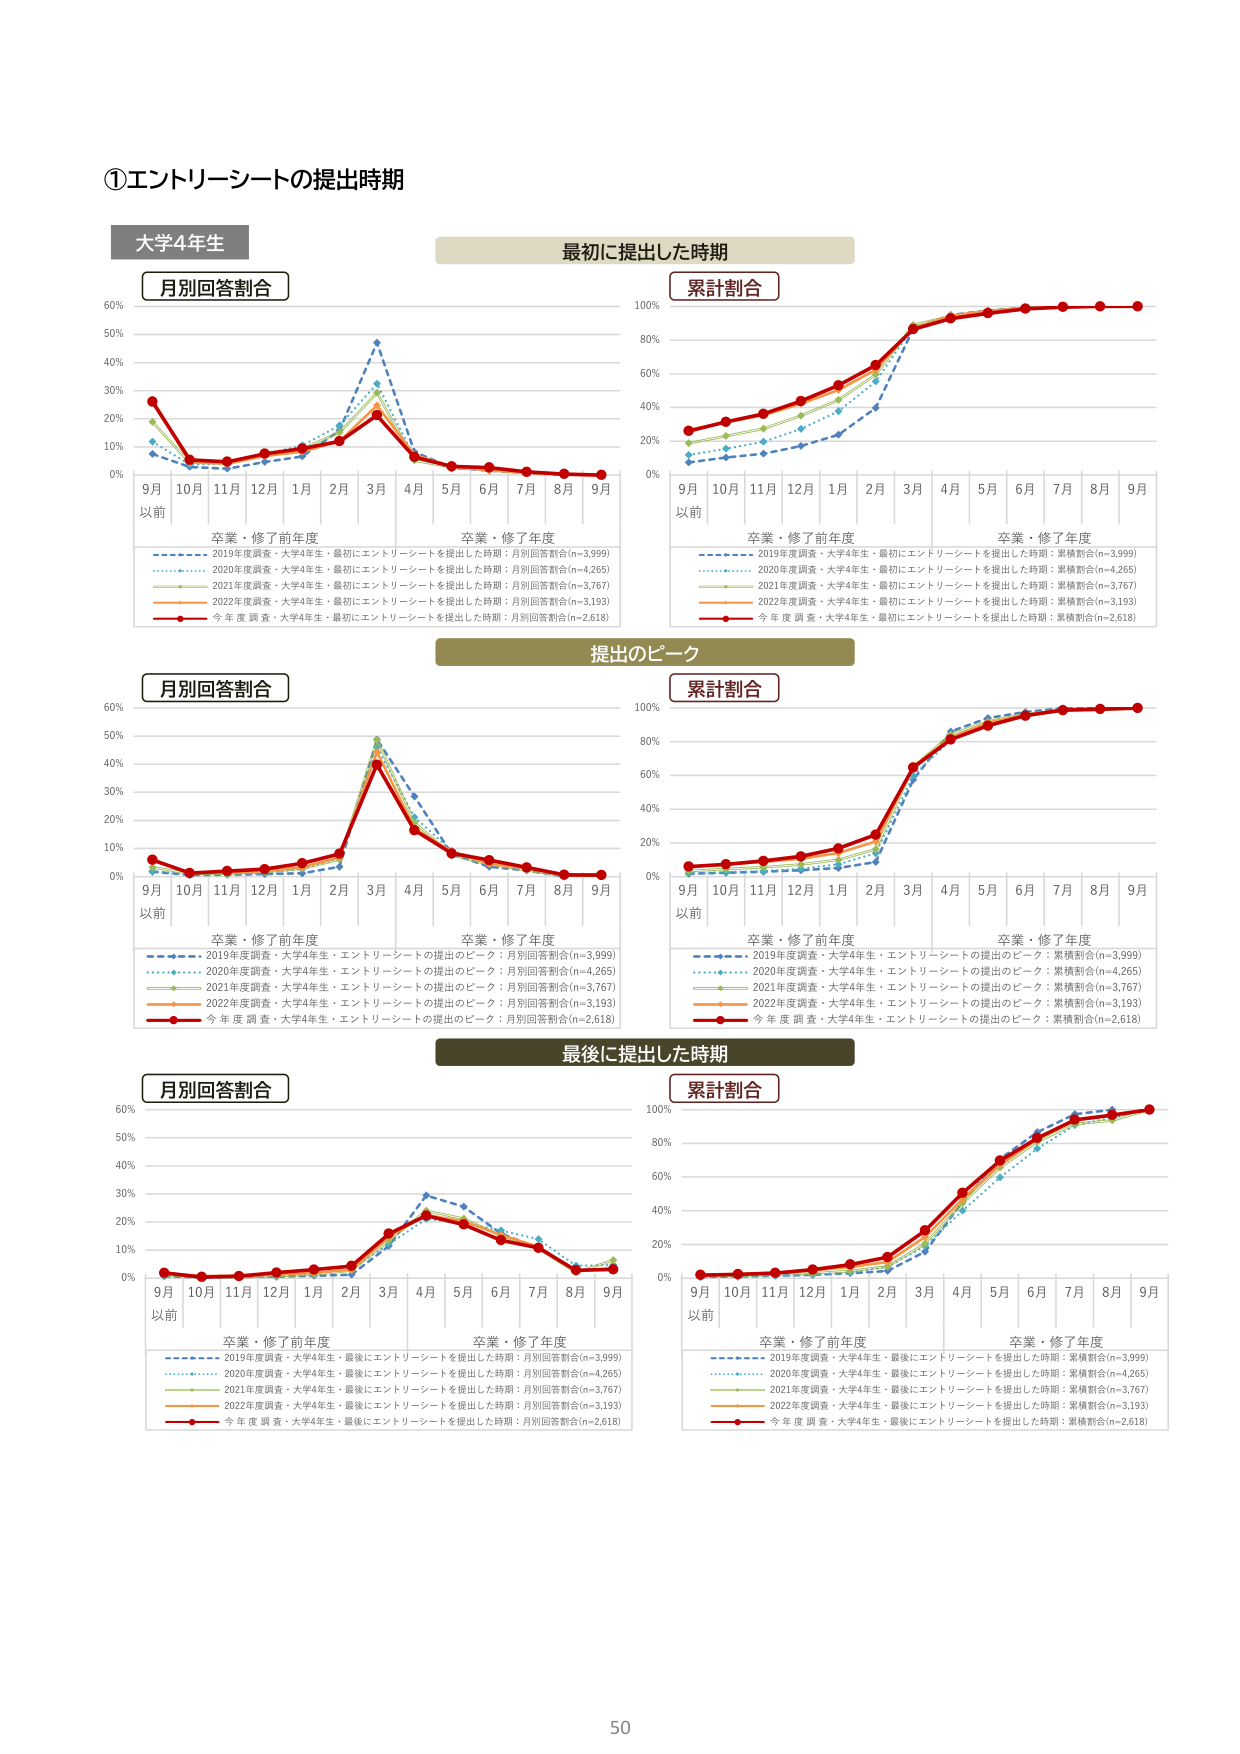
①エントリーシートの提出時期

大学4年生

月別回答割合
最初に提出した時期
累計割合

9月
以前
10月 11月 12月 1月 2月 3月 4月 5月 6月 7月 8月 9月
0% 10% 20% 30% 40% 50% 60%
卒業・修了前年度
卒業・修了年度

2019年度調査・大学4年生・最初にエントリーシートを提出した時期：月別回答割合(n=3,999)
2020年度調査・大学4年生・最初にエントリーシートを提出した時期：月別回答割合(n=4,265)
2021年度調査・大学4年生・最初にエントリーシートを提出した時期：月別回答割合(n=3,767)
2022年度調査・大学4年生・最初にエントリーシートを提出した時期：月別回答割合(n=3,193)
今年度調査・大学4年生・最初にエントリーシートを提出した時期：月別回答割合(n=2,618)

9月
以前
10月 11月 12月 1月 2月 3月 4月 5月 6月 7月 8月 9月
0% 20% 40% 60% 80% 100%
卒業・修了前年度
卒業・修了年度

2019年度調査・大学4年生・最初にエントリーシートを提出した時期：累積割合(n=3,999)
2020年度調査・大学4年生・最初にエントリーシートを提出した時期：累積割合(n=4,265)
2021年度調査・大学4年生・最初にエントリーシートを提出した時期：累積割合(n=3,767)
2022年度調査・大学4年生・最初にエントリーシートを提出した時期：累積割合(n=3,193)
今年度調査・大学4年生・最初にエントリーシートを提出した時期：累積割合(n=2,618)

提出のピーク

月別回答割合
累計割合

9月
以前
10月 11月 12月 1月 2月 3月 4月 5月 6月 7月 8月 9月
0% 10% 20% 30% 40% 50% 60%
卒業・修了前年度
卒業・修了年度

2019年度調査・大学4年生・エントリーシートの提出のピーク：月別回答割合(n=3,999)
2020年度調査・大学4年生・エントリーシートの提出のピーク：月別回答割合(n=4,265)
2021年度調査・大学4年生・エントリーシートの提出のピーク：月別回答割合(n=3,767)
2022年度調査・大学4年生・エントリーシートの提出のピーク：月別回答割合(n=3,193)
今年度調査・大学4年生・エントリーシートの提出のピーク：月別回答割合(n=2,618)

9月
以前
10月 11月 12月 1月 2月 3月 4月 5月 6月 7月 8月 9月
0% 20% 40% 60% 80% 100%
卒業・修了前年度
卒業・修了年度

2019年度調査・大学4年生・エントリーシートの提出のピーク：累積割合(n=3,999)
2020年度調査・大学4年生・エントリーシートの提出のピーク：累積割合(n=4,265)
2021年度調査・大学4年生・エントリーシートの提出のピーク：累積割合(n=3,767)
2022年度調査・大学4年生・エントリーシートの提出のピーク：累積割合(n=3,193)
今年度調査・大学4年生・エントリーシートの提出のピーク：累積割合(n=2,618)

最後に提出した時期

月別回答割合
累計割合

9月
以前
10月 11月 12月 1月 2月 3月 4月 5月 6月 7月 8月 9月
0% 10% 20% 30% 40% 50% 60%
卒業・修了前年度
卒業・修了年度

2019年度調査・大学4年生・最後にエントリーシートを提出した時期：月別回答割合(n=3,999)
2020年度調査・大学4年生・最後にエントリーシートを提出した時期：月別回答割合(n=4,265)
2021年度調査・大学4年生・最後にエントリーシートを提出した時期：月別回答割合(n=3,767)
2022年度調査・大学4年生・最後にエントリーシートを提出した時期：月別回答割合(n=3,193)
今年度調査・大学4年生・最後にエントリーシートを提出した時期：月別回答割合(n=2,618)

9月
以前
10月 11月 12月 1月 2月 3月 4月 5月 6月 7月 8月 9月
0% 20% 40% 60% 80% 100%
卒業・修了前年度
卒業・修了年度

2019年度調査・大学4年生・最後にエントリーシートを提出した時期：累積割合(n=3,999)
2020年度調査・大学4年生・最後にエントリーシートを提出した時期：累積割合(n=4,265)
2021年度調査・大学4年生・最後にエントリーシートを提出した時期：累積割合(n=3,767)
2022年度調査・大学4年生・最後にエントリーシートを提出した時期：累積割合(n=3,193)
今年度調査・大学4年生・最後にエントリーシートを提出した時期：累積割合(n=2,618)

50